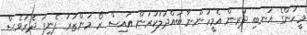
މީހުންގެ އަނބި ދަރިން އެމީހުންނާ ބައްދަލުކުރަން އައިސް ރޯ މަންޒަރު ފެނިފަ ދެރަވެސް